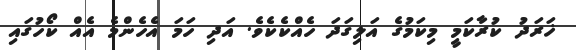
ޚަރަދު ކުރާކަމީ މިކަމުގެ އަލިގަދަ ހެއްކެކެވެ. އަދި ހަމަ އެހެންމެ އެއް ކޯހުގައި